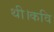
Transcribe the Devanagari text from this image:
थी।कवि